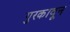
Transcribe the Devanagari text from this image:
गुरकावून